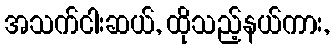
အသက်ငါးဆယ်, ထိုသည့်နယ်ကား,